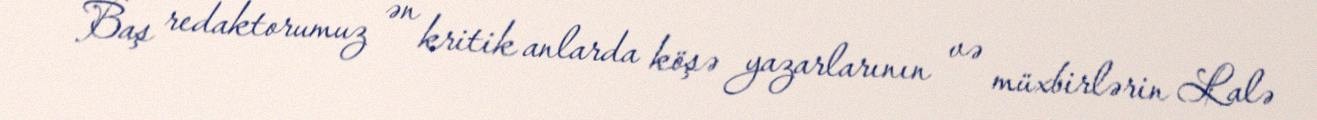
Baş redaktorumuz ən kritik anlarda köşə yazarlarının və müxbirlərin Lalə